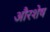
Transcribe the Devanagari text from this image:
औरशेष